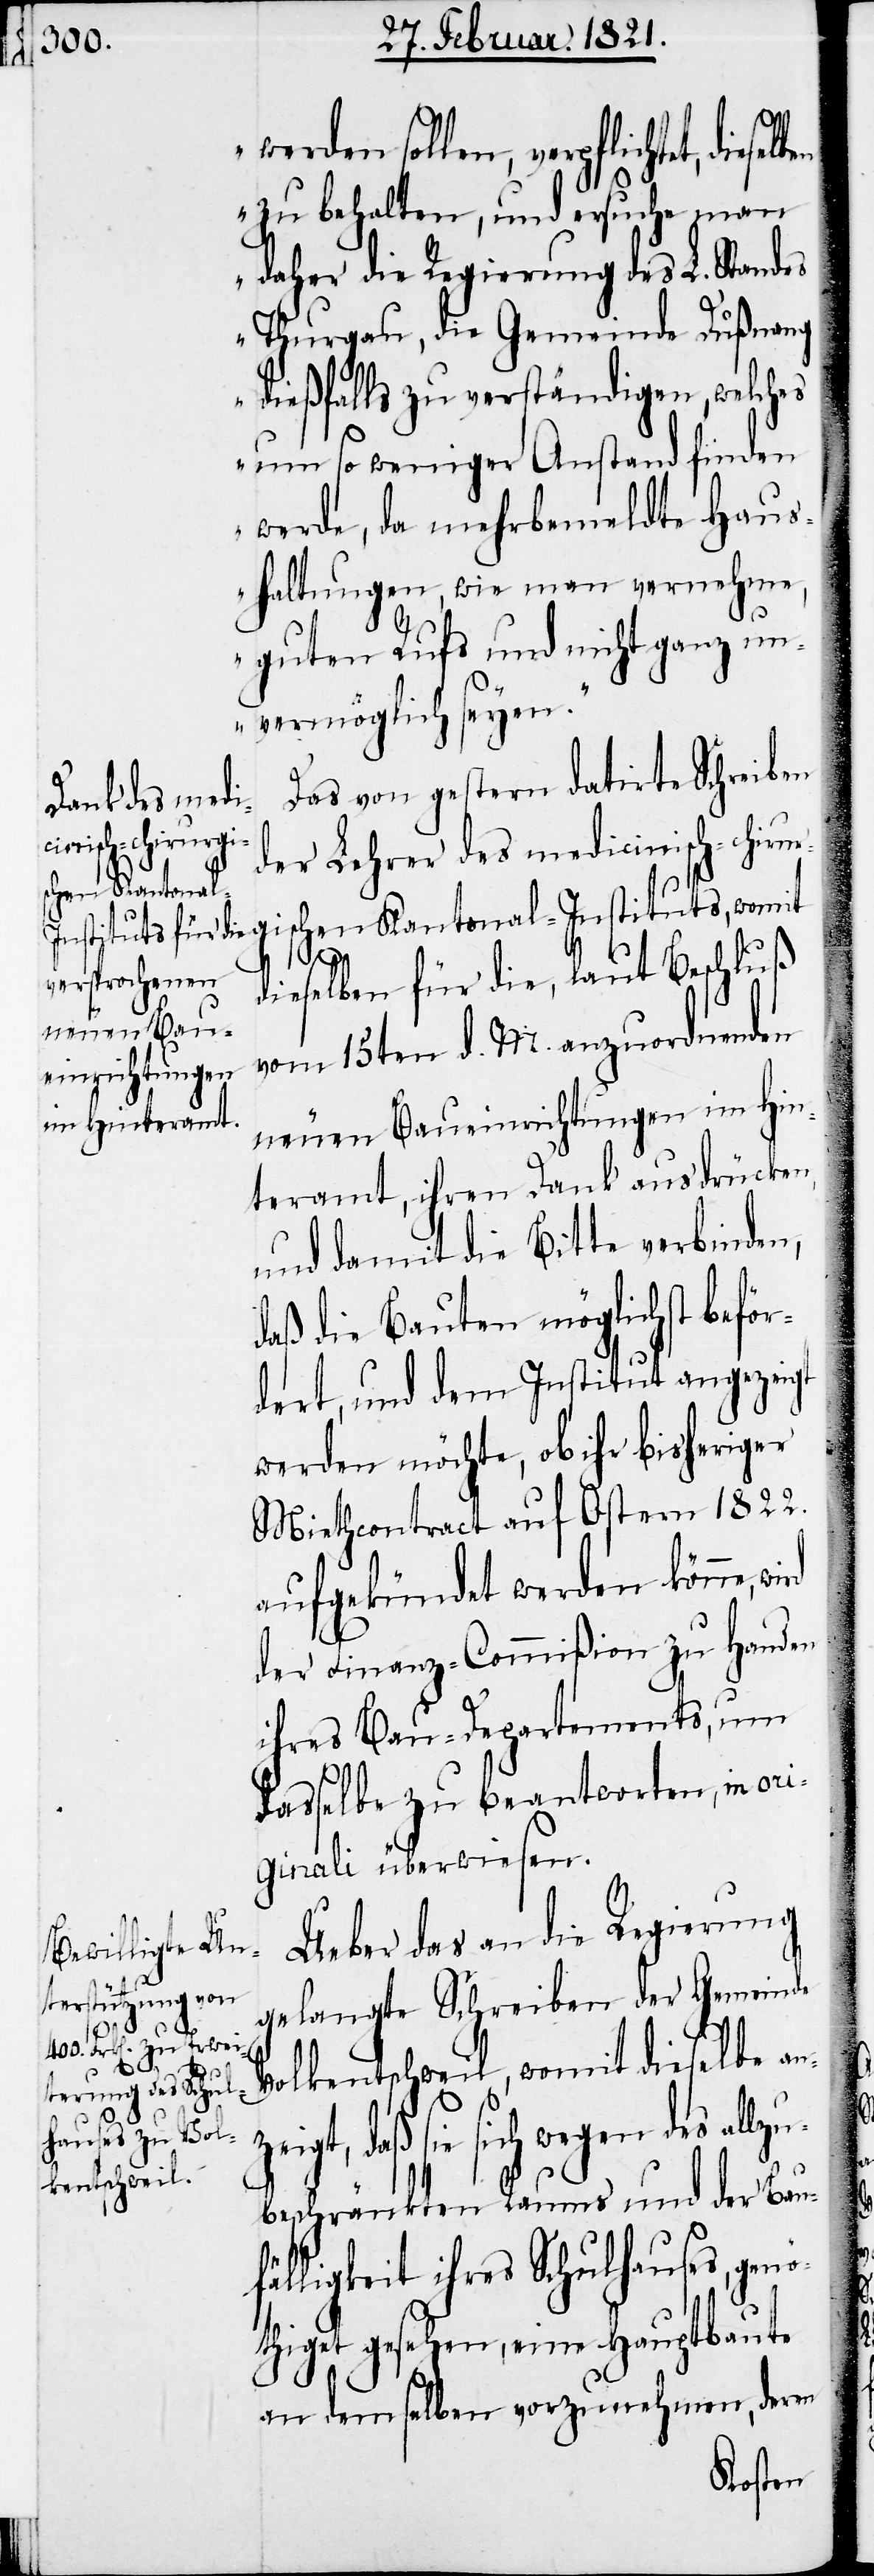
werden sollen, verpflichtet,
zu behalten, und ersuche man
daher die Regierung des L. Standes
Thurgau, die Gemeinde Dußnang
dießfalls zu verständigen, welches
um so weniger Anstand finden
werde, da mehrbemeldte Haus¬
haltungen, wie man vernehme,
guten Rufs und nicht ganz un¬
vermöglich seyen.“
Das von gestern datirte Schreiben
der Lehrer des medicinisch-chiru¬
schen Kantona¬
zeigt,
dieselben für die, laut Beschluß
vom 15ten d. M. anzuordnenden
neuen Baueinrichtungen im Hin¬
teramt, ihren Dank ausdrücken,
und damit die Bitte verbinden,
daß die Bauten möglichst beför¬
dert, und dem Institut angezeigt
werden möchte, ob ihr bisheriger
Miethcontract auf Ostern 1822.
aufgekündet werden könne,
der Finanz-Commißion zu Handen
ihres Bau-Departements, um
dasselbe zu beantworten, in ori¬
ginali überwiesen.
Ueber das an die Regierung
gelangte Schreiben der Gemeinde
Volkentschweil, womit dieselbe an¬
daß sie sich wegen des allz¬
ubeschränkten Raums und der Bau¬
fälligkeit ihres Schulhauses, gen¬
öthiget gesehen, eine Hauptbaute
an demselben vorzunehmen, deren